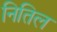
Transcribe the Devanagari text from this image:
नितिल